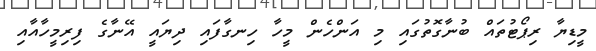
މީޑިޔާ ރިޕޯޓުތައް ބުނާގޮތުގައި މި އަންހެން މީހާ ހިނގާފައި ދިޔައީ އޭނާގެ ފިރިމީހާއާއި